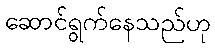
ဆောင်ရွက်နေသည်ဟု